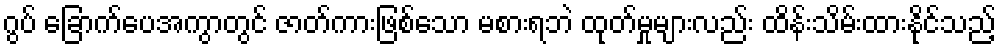
ဂွပ် ခြောက်ပေအကွာတွင် ဇာတ်ကားဖြစ်သော မစားရဘဲ ထုတ်မှုများလည်း ထိန်းသိမ်းထားနိုင်သည့်